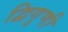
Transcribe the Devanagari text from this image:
द्विगुणी